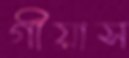
গীয়াস